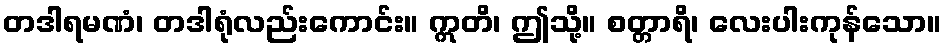
တဒါရမဏံ၊ တဒါရုံလည်းကောင်း။ ဣတိ၊ ဤသို့။ စတ္တာရိ၊ လေးပါးကုန်သော။